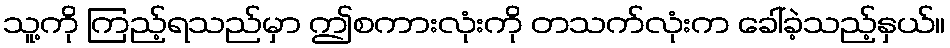
သူ့ကို ကြည့်ရသည်မှာ ဤစကားလုံးကို တသက်လုံးက ခေါ်ခဲ့သည့်နှယ်။